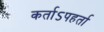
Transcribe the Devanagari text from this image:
कर्ताऽपहर्ता